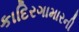
કાદિરગામારની